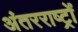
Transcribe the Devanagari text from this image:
अंतरराष्ट्रों